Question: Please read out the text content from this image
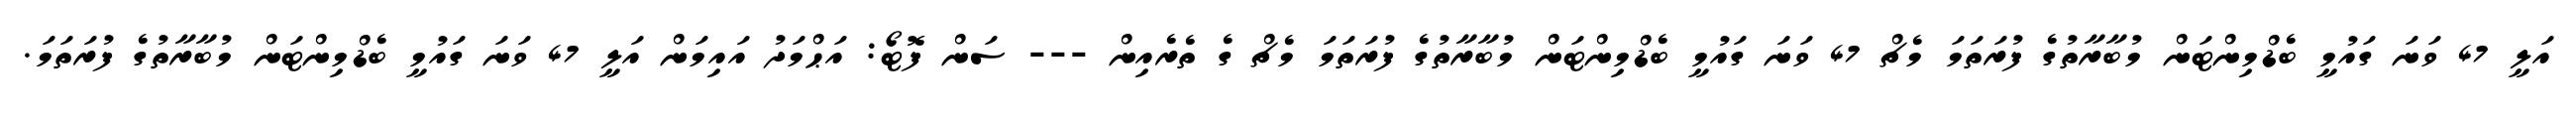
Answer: އަލީ 47 ވަނަ ގައުމީ ބެޑްމިންޓަން މުބާރާތުގެ ފުރަތަމަ މެޗް 47 ވަނަ ގައުމީ ބެޑްމިންޓަން މުބާރާތުގެ ފުރަތަމަ މެޗް ގެ ތެރެއިން --- ސަން ފޮޓޯ: އަޙްމަދު އައިމަން އަލީ 47 ވަނަ ގައުމީ ބެޑްމިންޓަން މުބާރާތުގެ ފުރަތަމަ.